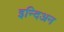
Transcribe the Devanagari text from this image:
इन्दिअन